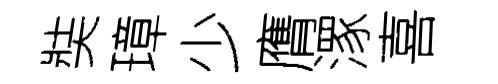
奘璋少膺潈喜